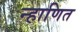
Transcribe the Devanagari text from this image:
न्हाणित